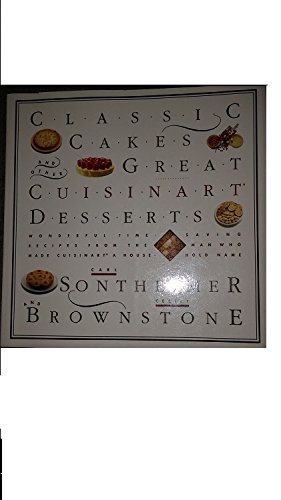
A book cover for Classic Cakes and Other Great Cuisinart Desserts; Carl G. Sontheimer; Cookbooks, Food & Wine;